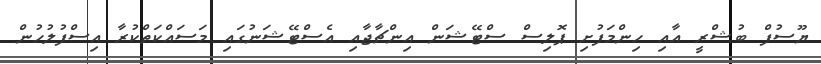
ޔޫސުފް ބުޝްރީ އާއި ހިންމަފުށި ޕޮލިސް ސްޓޭޝަން އިންޗާޖާއި އެސްޓޭޝަނުގައި މަސައްކަތްކުރާ އިސްފުލުހުން